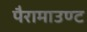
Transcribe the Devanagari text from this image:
पैरामाउण्ट